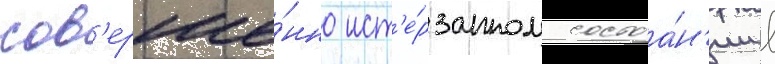
сов'ерше́нно ист'е́рзанном состоа́н'ии в